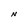
Character: N